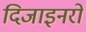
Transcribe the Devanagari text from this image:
दिजाइनरों